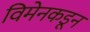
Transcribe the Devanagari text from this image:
विमेनकडून